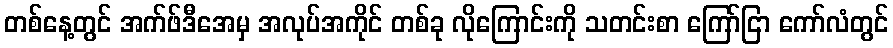
တစ်နေ့တွင် အက်ဖ်ဒီအေမှ အလုပ်အကိုင် တစ်ခု လိုကြောင်းကို သတင်းစာ ကြော်ငြာ ကော်လံတွင်